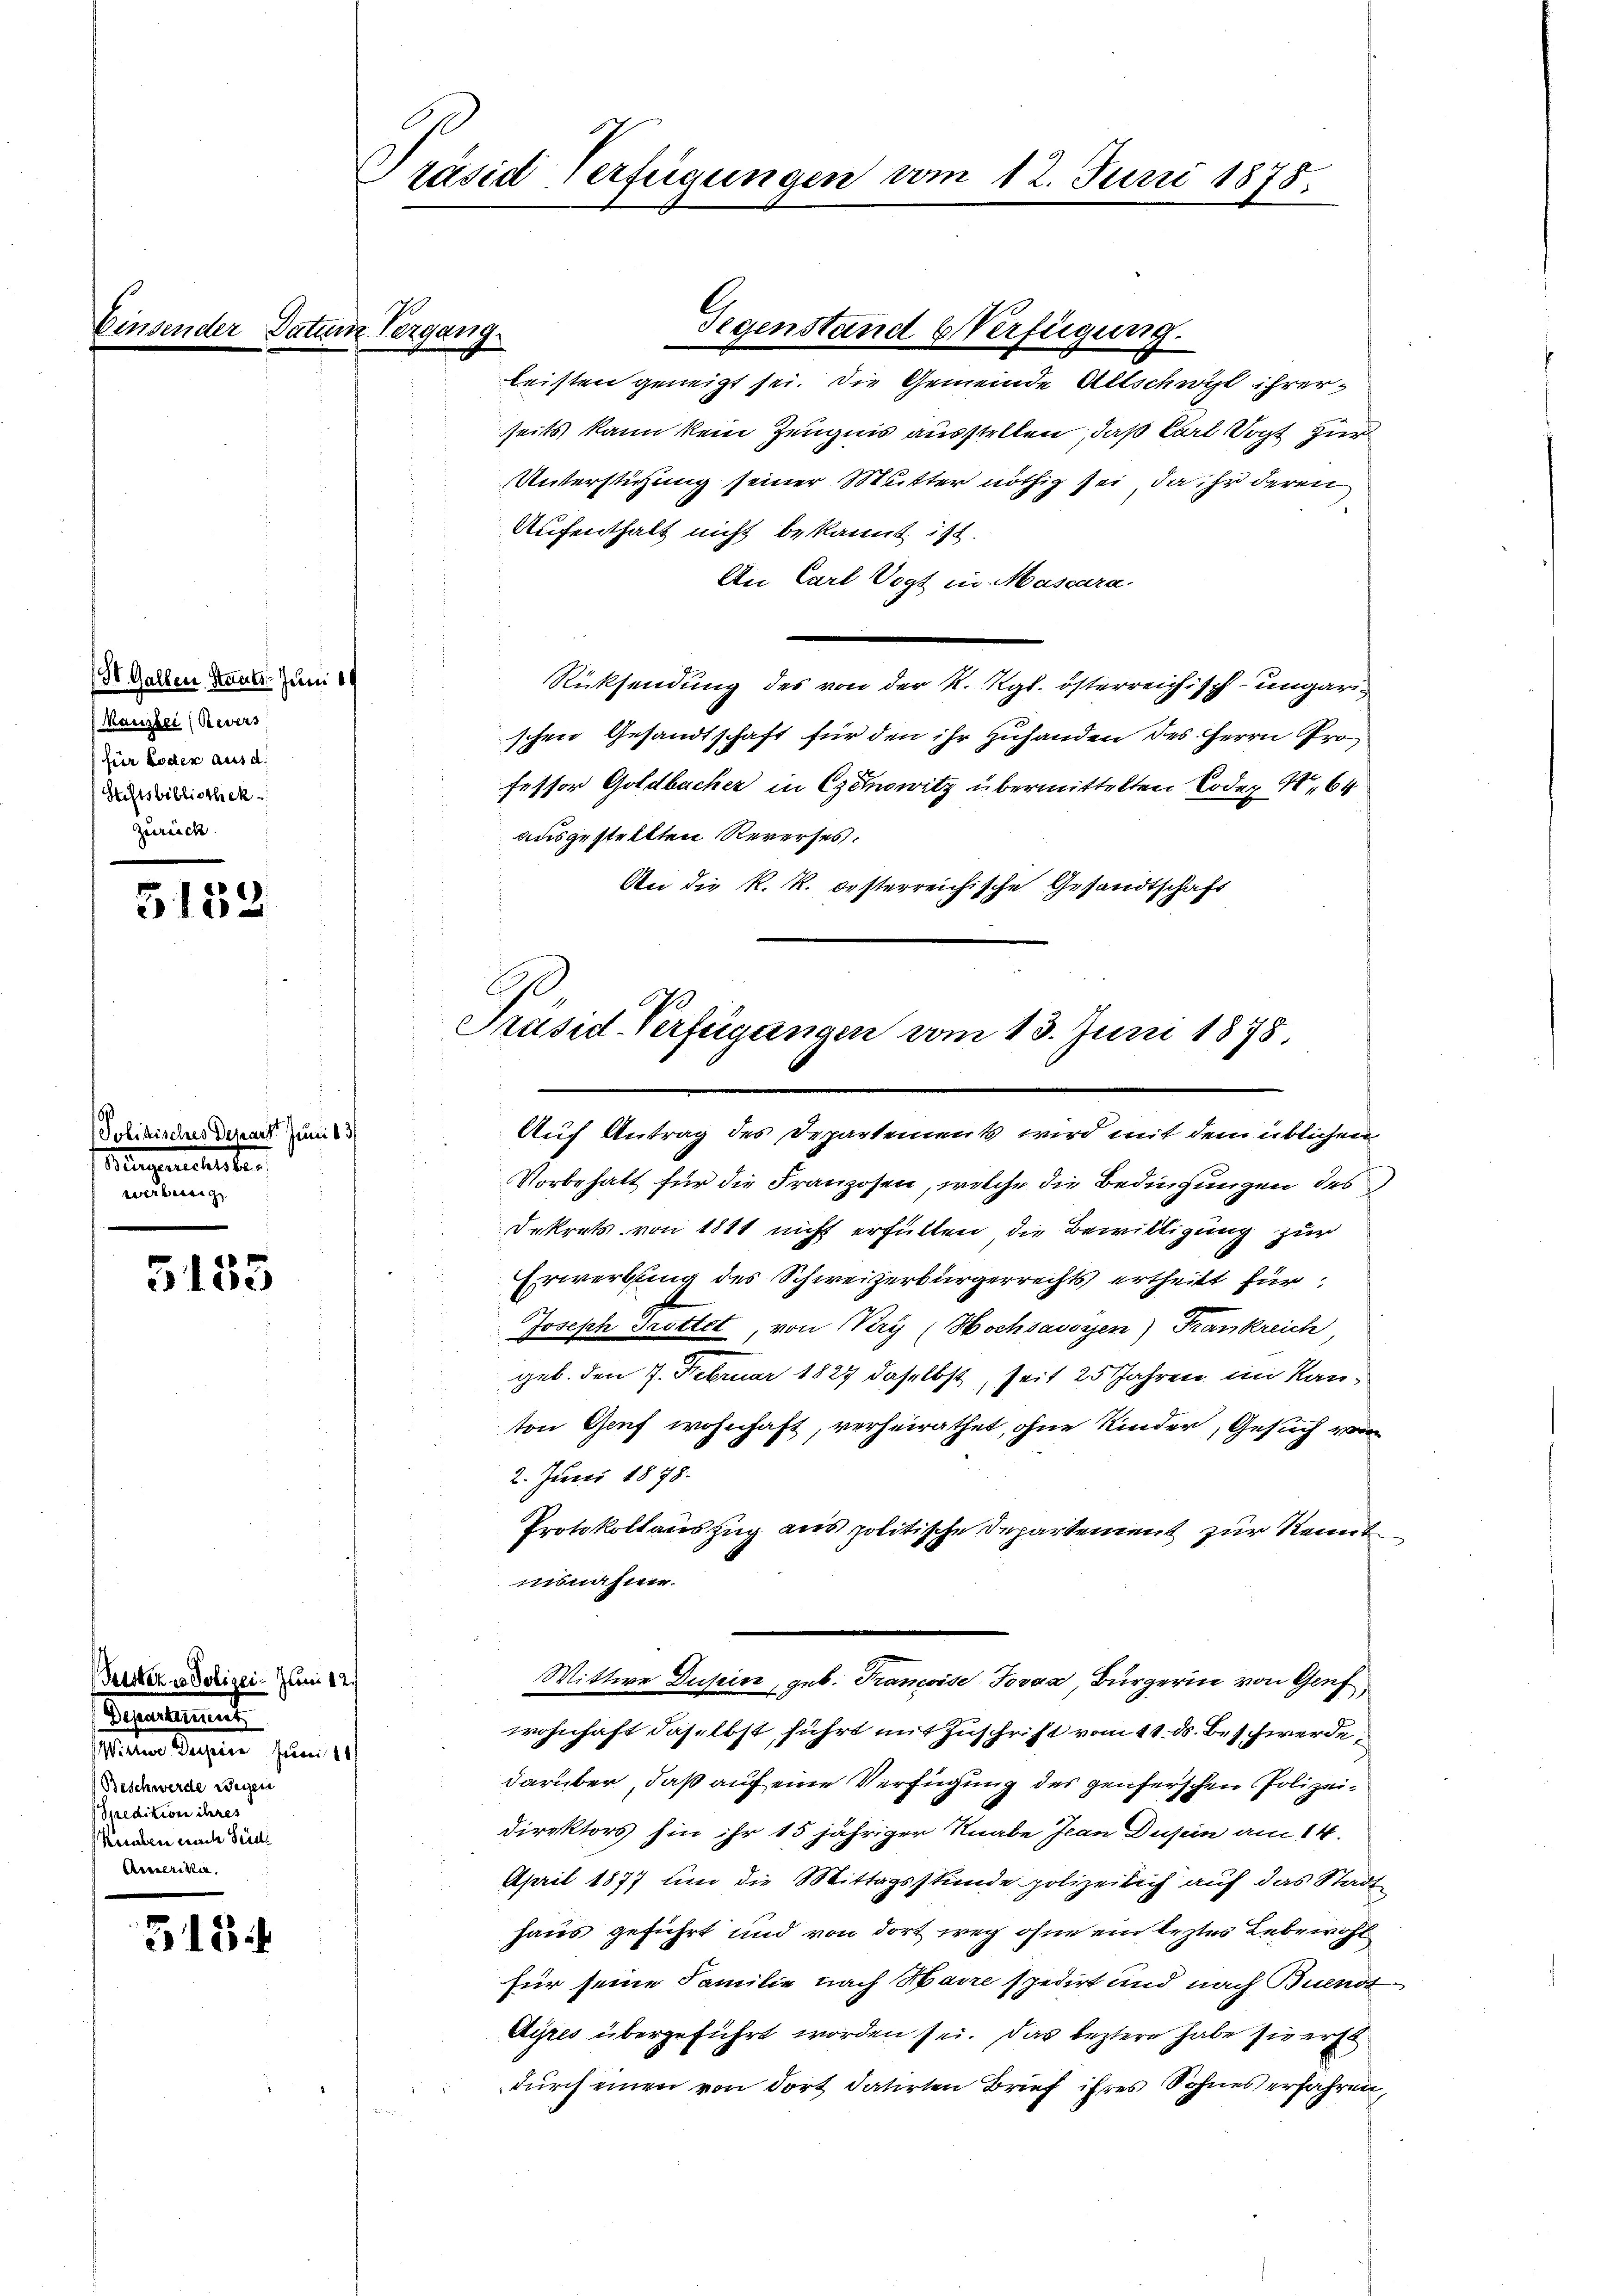
(St. Gallen, Staats Juni 19
Mauzlei (Revers
für moder aus d.
Stiftsbibliothek
Zurück.

G. 159.

Polizisches Departe Juni
Remunerlicherte,
e

5155

Prister von Polizei- Juni 12.
Separtement

Beschwerde wegen
Spedition ihres
Heraben nach Seide
Acecerika,

318

rasid Verfügungen vom 12. Juni 1878.

Vergang

leisten geneigt sei. Die Gemeinde Altschwyl ihrerseits kann kein Zeugnis ausstellen, daß Karl Sagt zur
Unterstüzung seiner Mutter nöthig sei, da ihr deren
Aufenthalt nicht bekannt ist.
An Carl Vogt in Mascara.
Rücksendung des von der K. Kgl. österreichisch-ungarischen Gesandtschaft für den ihr zuhanden des Herrn Professor Goldbacher in Czemowitz übermittelten Codex S. 64
ausgestellten Reverses.
An die K. R. besterreichische Gesandtschaft

Gegenstand Verfügung.

Präsid Verfügungen vom 13. Juni 1875.

Auf Antrag des Departements wird mit dem üblichen
Vorbehalt für die Franzosen, welche die Bedingungen des
Dekrets von 1811 nicht erfüllen die Bewilligung zur
Erwerbung des Schweizerbürgerrechts ertheilt für
Joseph Trottet, von Kry (Hochsaussen) Frankreich
geb. den 7. Februar 1887 daselbst, seit 25 Jahren im Kanton Genf wohnhaft, verheirathet, ohne Kinder, Gesuch von
2. Juni 1878.
Protokollauszug aus politische Departement zur Kennt
iisnahme.
Wittwe Dusein, geb. Francise Jovan Bürgerin von Gruf
wohnhaft daselbst führt mit Zuschrift vom 11. ds. Beschwerde,
darüber, daß auf eine Verfügung des genserschen Polizei¬
Direktors hin ihr 15 jähriger Knabe Jean Dusein am 14.
April 1877 um die Mittagsstunde polizeilich auf das Stadt
haus geführt und von dort weg ohne ein leztes Lebewohl
für seine Familie nach Maire spedirt und nach Buendt
Ayres übergeführt worden sei. Das leztere habe sie erst
durch einen von dort datirten Brief ihres Sohnes erfahren